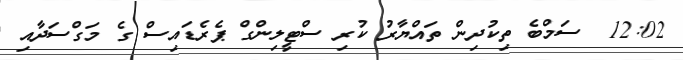
12:02  ސަމްބެ ތިކުދިން ތައްޔާރު ކުރި ސްޓީލިންގް ޕެރެޑައިސް ގެ މަގްސަދާއި